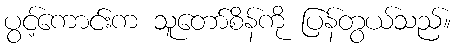
ပွင့်ကောင်းက သူတော်စိန်ကို ပြန်တွယ်သည်။